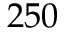
2 5 0